Annual report of the Punjab Veterinary College and of the Civil Veterinary Department, Punjab - 1926-1932
Year: 1926
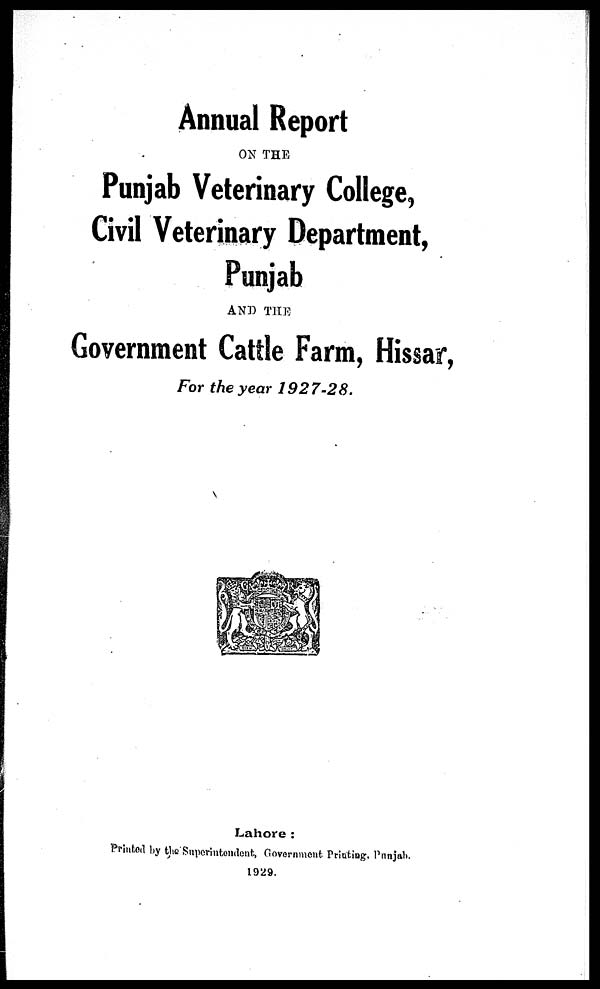
Annual Report
ON THE
Punjab Veterinary College,
Civil Veterinary Department,
Punjab
AND THE
Government Cattle Farm, Hissar,
For the year
1927-28.
Lahore:
Printed by the Superintendent, Government Printing, Punjab.
1929.